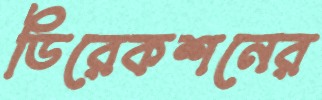
ডিরেকশনের